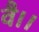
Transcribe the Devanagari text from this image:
वै।।